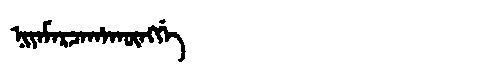
Manchu: ᠨᡳᠶᠠᠮᠠᡵᠴᠠᡥᠠᡴᡡᠩᡤᡝ
Romanization: NIYAMARCAHAKŪNGGE